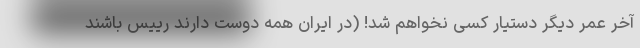
آخر عمر دیگر دستیار کسی نخواهم شد! (در ایران همه دوست دارند رییس باشند